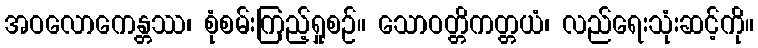
အဝလောကေန္တဿ၊ စုံစမ်းကြည့်ရှုစဉ်။ သောဝတ္တိကတ္တယံ၊ လည်ရေးသုံးဆင့်ကို။